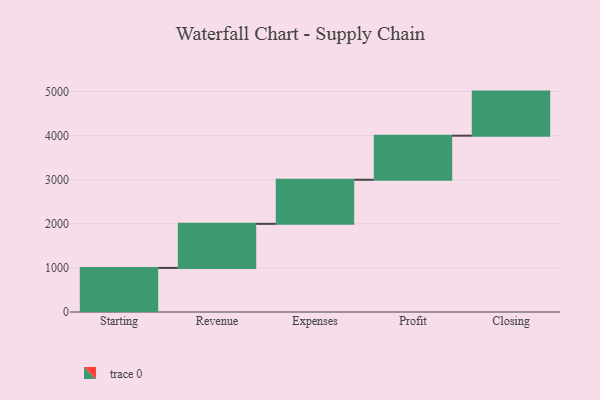
{"axis": {"x": "Step", "y": "Value"}, "legend": [""], "data": [{"x": "Starting", "y": 1000, "type": ""}, {"x": "Revenue", "y": 1000, "type": ""}, {"x": "Expenses", "y": 1000, "type": ""}, {"x": "Profit", "y": 1000, "type": ""}, {"x": "Closing", "y": 1000, "type": ""}]}